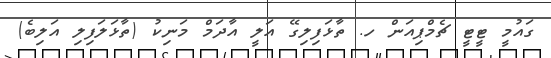
ގައުމީ ޓީޓީ ޗެމްޕިއަން ހ. ތާޅަފިލިގޭ އަލީ އާދަމް މަނިކު (ތާޅަލަފިލި އަލިބެ)